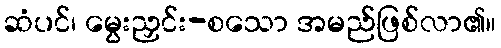
ဆံပင်၊ မွေးညှင်း-စသော အမည်ဖြစ်လာ၏။